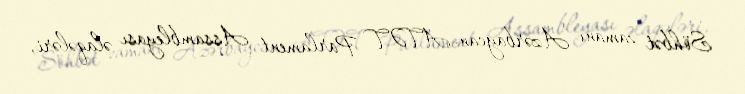
Söhbət zamanı Azərbaycan-ATƏT Parlament Assambleyası əlaqələri,